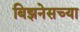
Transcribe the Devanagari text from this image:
बिझनेसच्या